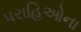
પરાહિઓના